Reports on military cantonments and civil stations in the Presidency of Bombay inspected by the Sanitary Commissioner in the years 1875 and 1876
Year: 1875
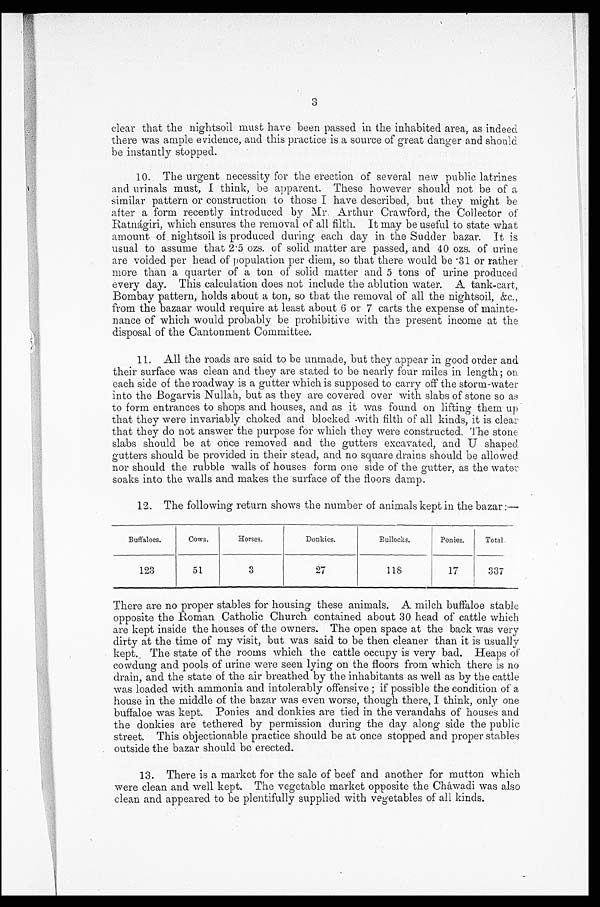
3
clear that the nightsoil must have been passed in the inhabited area, as indeed
there was ample evidence, and this practice is a source of great danger and should
be instantly stopped.
10. The urgent necessity for the erection of several new public latrines
and urinals must, I think, be apparent. These however should not be of a
similar pattern or construction to those I have described, but they might be
after a form recently introduced by Mr. Arthur Crawford, the Collector of
Ratnágiri, which ensures the removal of all filth. It may be useful to state what
amount. of nightsoil is produced during each day in the Sudder bazar. It is
usual to assume that 2.5 ozs. of solid matter are passed, and 40 ozs. of urine
are voided per head of population per diem, so that there would be .31 or rather
more than a quarter of a ton of solid matter and 5 tons of urine produced
every day. This calculation does not include the ablution water. A tank-cart,
Bombay pattern, holds about a ton, so that the removal of all the nightsoil, &c.,
from the bazaar would require at least about 6 or 7 carts the expense of mainte-
nance of which would probably be prohibitive with the present income at the
disposal of the Cantonment Committee.
11. All the roads are said to be unmade, but they appear in good order and
their surface was clean and they are stated to be nearly four miles in length; on
each side of the roadway is a gutter which is supposed to carry off the storm-water
into the Bogarvis Nullah, but as they are covered over with slabs of stone so as
to form entrances to shops and houses, and as it was found on lifting them up
that they were invariably choked and blocked .with filth of all kinds, it is clear
that they do not answer the purpose for which they were constructed. The stone
slabs should be at once removed and the gutters excavated, and U shaped.
gutters should be provided in their stead, and no square drains should be allowed
nor should the rubble walls of houses form one side of the gutter, as the water
soaks into the walls and makes the surface of the floors damp.
12. The following return shows the number of animals kept in the bazar:—
Buffaloes.
Cows.
Horses.
Donkies.
Bullocks.
Ponies.
Total.
123
51
3
27
118
17
337
There are no proper stables for housing these animals. A milch buffaloe stable
opposite the Roman Catholic Church contained about 30 head of cattle which
are kept inside the houses of the owners. The open space at the back was very
dirty at the time of my visit, but was said to be then cleaner than it is usually
kept. The state of the rooms which the cattle occupy is very bad. Heaps of
cowdung and pools of urine were seen lying on the floors from which there is no
drain, and the state of the air breathed by the inhabitants as well as by the cattle
was loaded with ammonia and intolerably offensive ; if possible the condition of a
house in the middle of the bazar was even worse, though there, I think, only one
buffaloe was kept. Ponies and donkies are tied in the verandahs of houses and
the donkies are tethered by permission during the day along side the public
street. This objectionable practice should be at once stopped and proper stables
outside the bazar should be erected.
13. There is a market for the sale of beef and another for mutton which
were clean and well kept. The vegetable market opposite the Cháwadi was also
clean and appeared to be plentifully supplied with vegetables of all kinds.